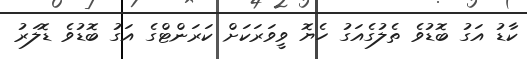
ކާޑު އަގު ބޮޑުވެ ތެލުގެއަގު ހެޔޮ ވީވަރަކަށް ކަރަންޓްގެ އަގު ބޮޑުވެ ޑޮލަރު